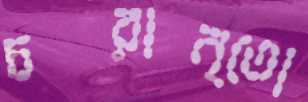
চরান্তো